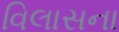
વિલાસના